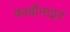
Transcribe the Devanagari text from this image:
कार्बोनाइट